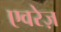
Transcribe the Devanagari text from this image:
एवरेज़